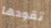
تقودها